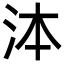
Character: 泍